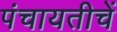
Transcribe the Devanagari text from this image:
पंचायतीचें